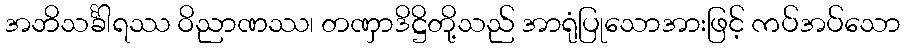
အဘိသင်္ခါရဿ ဝိညာဏဿ၊ တဏှာဒိဋ္ဌိတို့သည် အာရုံပြုသောအားဖြင့် ကပ်အပ်သော